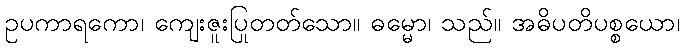
ဥပကာရကော၊ ကျေးဇူးပြုတတ်သော။ ဓမ္မော၊ သည်။ အဓိပတိပစ္စယော၊